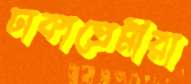
ঢাকাপ্রেমীরা